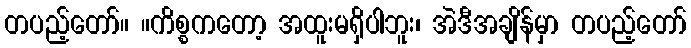
တပည့်တော်။ ။ကိစ္စကတော့ အထူးမရှိပါဘူး၊ အဲဒီအချိန်မှာ တပည့်တော်